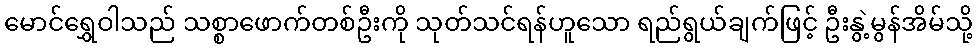
မောင်ရွှေဝါသည် သစ္စာဖောက်တစ်ဦးကို သုတ်သင်ရန်ဟူသော ရည်ရွယ်ချက်ဖြင့် ဦးနွဲ့မွန်အိမ်သို့